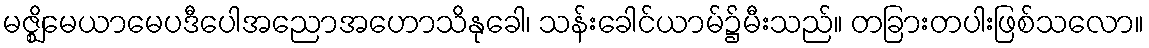
မဇ္ဈိမေယာမေပဒီပေါအညောအဟောသိနုခေါ၊ သန်းခေါင်ယာမ်၌မီးသည်။ တခြားတပါးဖြစ်သလော။